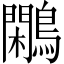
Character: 鷴